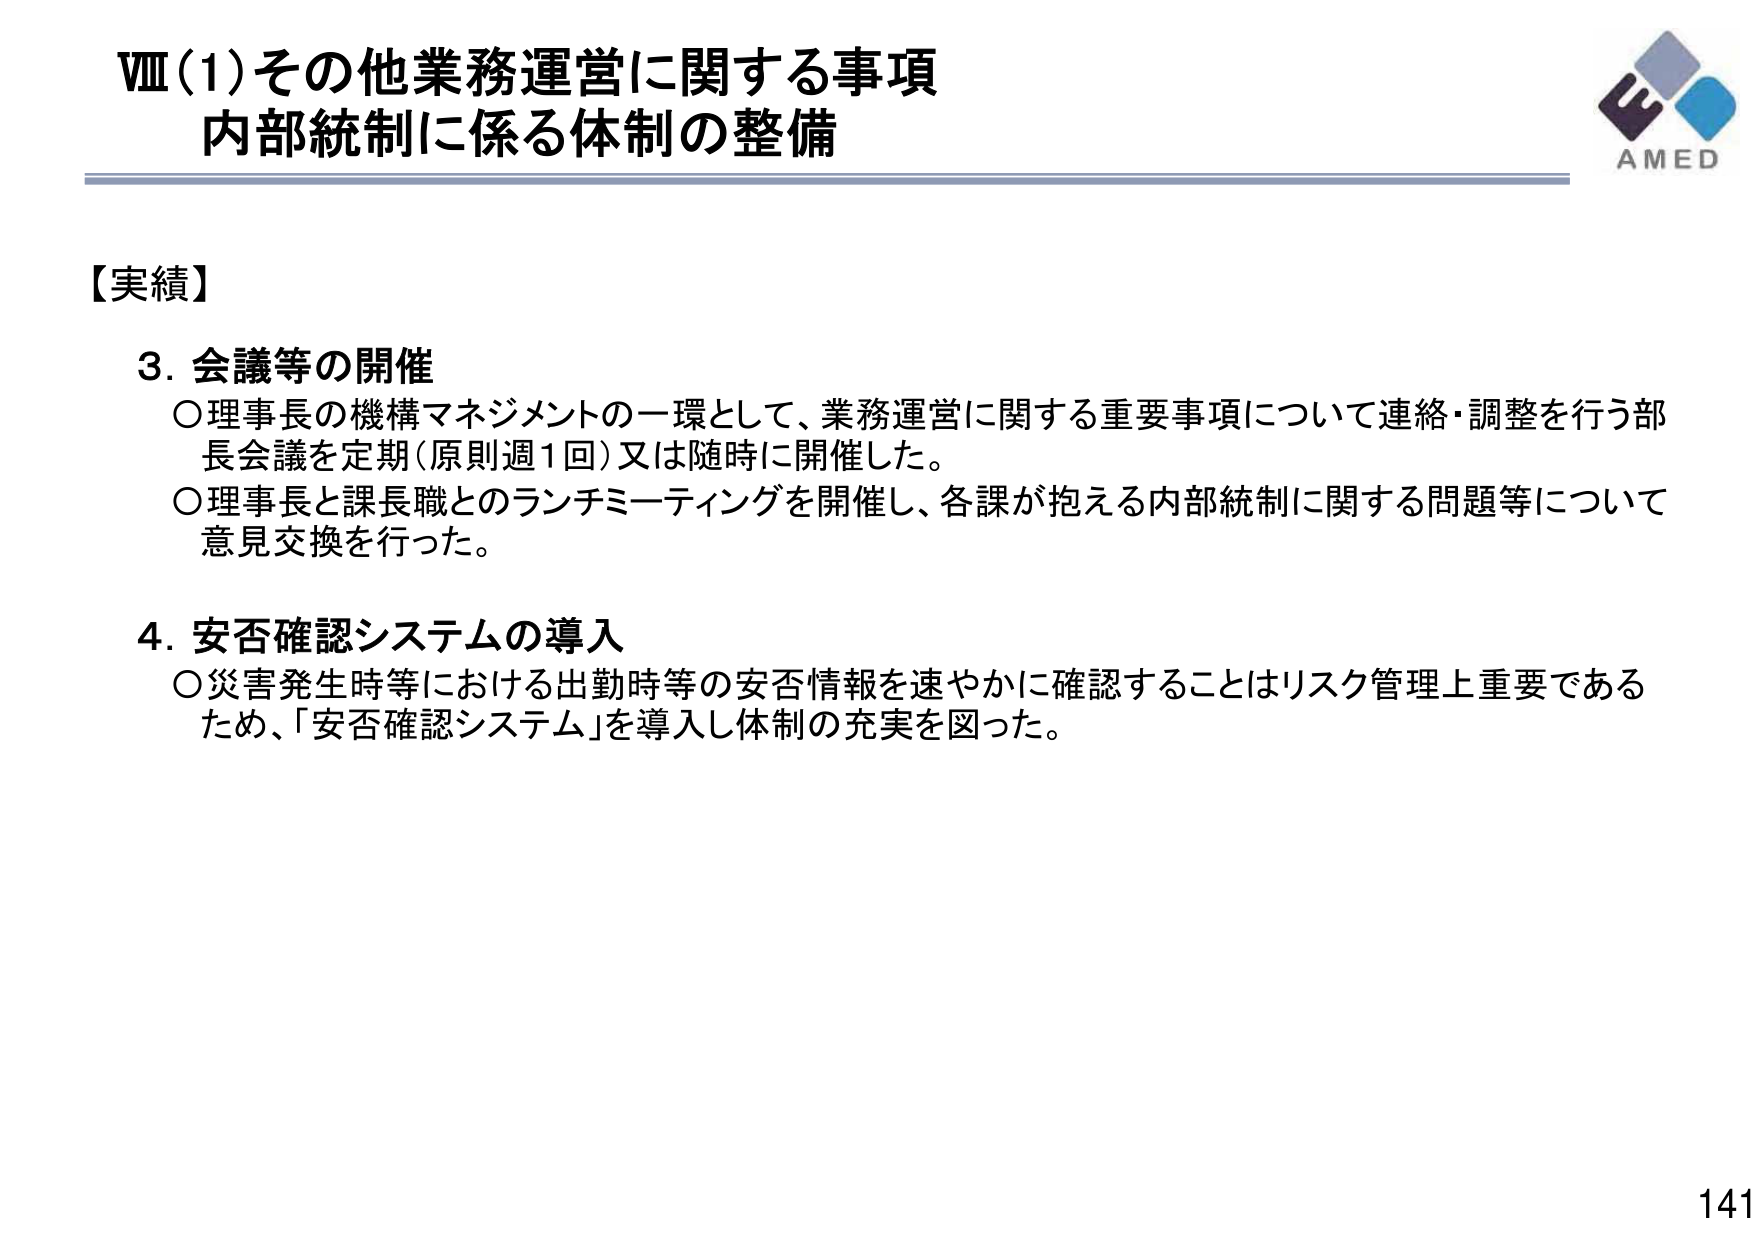
Ⅷ(1)その他業務運営に関する事項
内部統制に係る体制の整備

【実績】

3. 会議等の開催
○理事長の機構マネジメントの一環として、業務運営に関する重要事項について連絡・調整を行う部長会議を定期（原則週1回）又は随時に開催した。
○理事長と課長職とのランチミーティングを開催し、各課が抱える内部統制に関する問題等について意見交換を行った。

4. 安否確認システムの導入
○災害発生時等における出勤時等の安否情報を速やかに確認することはリスク管理上重要であるため、「安否確認システム」を導入し体制の充実を図った。

AMED
141